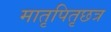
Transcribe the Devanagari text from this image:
मातृपितृछत्र